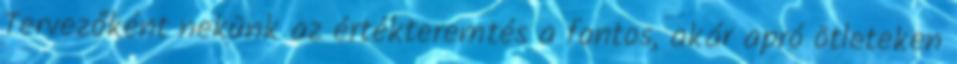
Tervezőként nekünk az értékteremtés a fontos, akár apró ötleteken